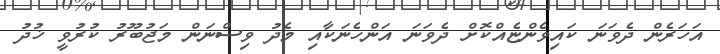
އަހަރެން ދެވަނަ ކައިވެންޏެއްކޮށް ދެވަނަ އަންހެނަކާއި މެދު ވިސްނަން މަޖުބޫރު ކުރުވީ ޚުދު